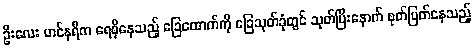
ဦးလေး ဟင်နရီက ရေစိုနေသည့် ခြေထောက်ကို ခြေသုတ်ခုံတွင် သုတ်ပြီးနောက် စုတ်ပြတ်နေသည့်